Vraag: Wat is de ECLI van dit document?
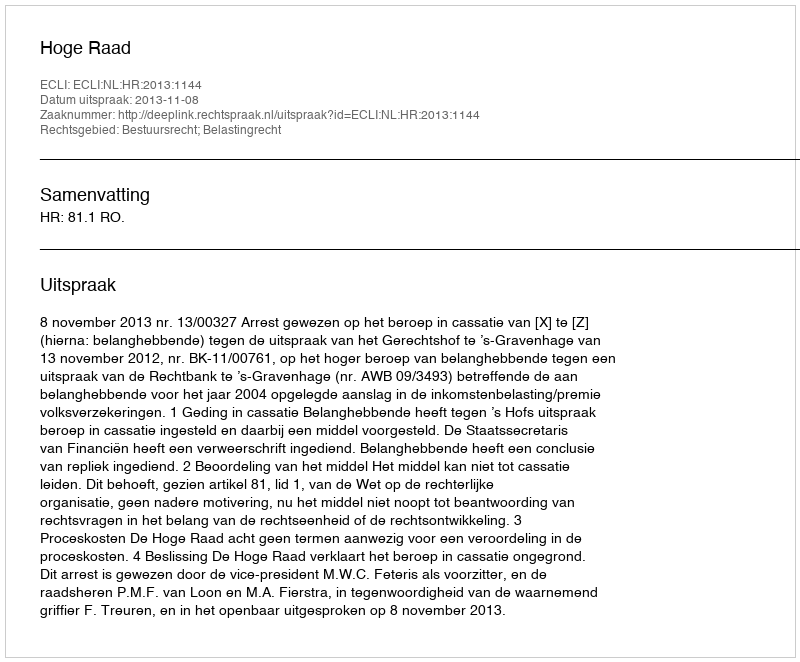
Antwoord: ECLI:NL:HR:2013:1144